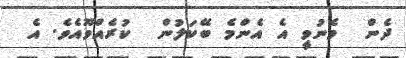
ދެން  މެނުވީ އެ އެންމެ ބޭކަލުން  ކުރެއްވޫއެވެ. އެ